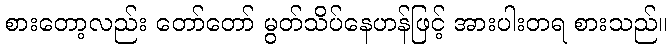
စားတော့လည်း တော်တော် မွတ်သိပ်နေဟန်ဖြင့် အားပါးတရ စားသည်။